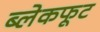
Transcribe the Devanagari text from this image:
ब्लेकफूट